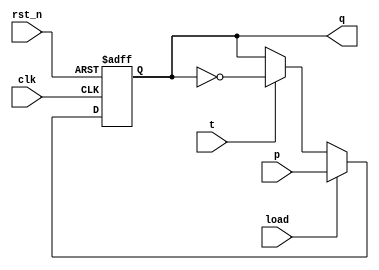
module t_ff(output reg q,input t, rst_n, clk,load,p);
always @ (posedge clk or negedge rst_n)
    if (!rst_n) q <= 1'b0;
	 else if(load) q<=p;
    else if (t) q <= ~q;
endmodule

module counter (output[2:0] q, input rst_n, clk,load,input [2:0] p);
    wire t2;
	 t_ff ff0 ( q[0], 1'b1, rst_n, clk,load,p[0]);
    t_ff ff1 ( q[1], q[0], rst_n, clk,load,p[1]);
    t_ff ff2 ( q[2], t2,   rst_n, clk,load,p[2]);
    and a1 (t2, q[0], q[1]);
    
endmodule